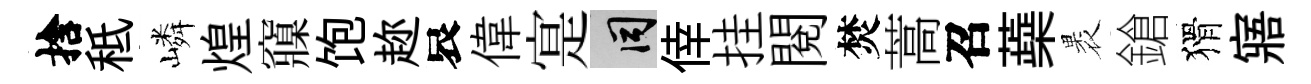
捨秪嶙煌䆿饱趂哀偉寔间倖挂閲焚蒿召蘃褁鎗猾寤